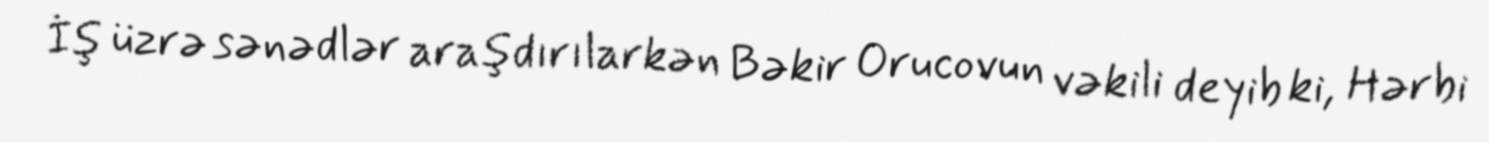
İş üzrə sənədlər araşdırılarkən Bəkir Orucovun vəkili deyib ki, Hərbi